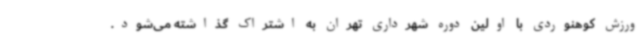
ورزش کوهنوردی با اولین دوره شهرداری تهران به اشتراک گذاشته می‌شود.